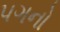
પગનો